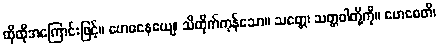
ထိုထိုအကြောင်းဖြင့်။ ဗောဓနေယျေ၊ သိထိုက်ကုန်သော။ သတ္တေ၊ သတ္တဝါတို့ကို။ ဗောဓေတိ၊